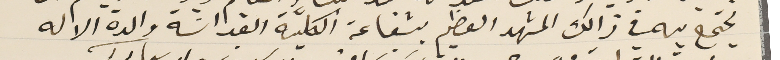
نجتمع به في ذالك المشهد العظيم بشفاعة الكلّية القداسَة والدة الاله